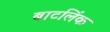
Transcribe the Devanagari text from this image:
बाटलिंक